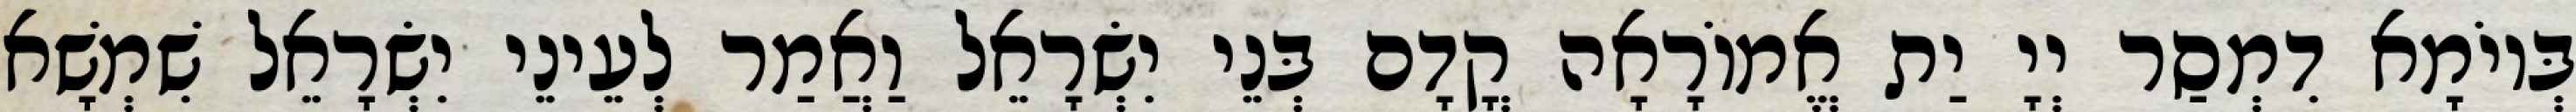
בְּיוֹמָא דִמְסַר יְיָ יַת אֱמוֹרָאָה קֳדָם בְּנֵי יִשְׂרָאֵל וַאֲמַר לְעֵינֵי יִשְׂרָאֵל שִׁמְשָׁא